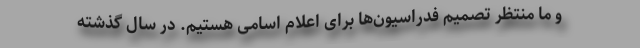
و ما منتظر تصمیم فدراسیون‌ها برای اعلام اسامی هستیم. در سال گذشته